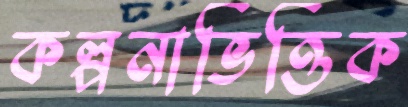
কল্পনাভিত্তিক